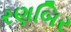
રણબિર